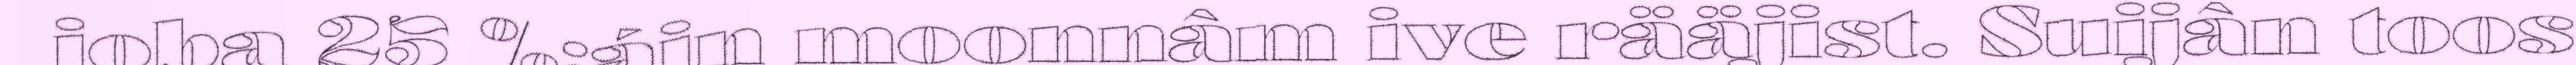
joba 25 %:áin moonnâm ive rääjist. Suijân toos